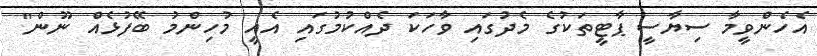
އެހެންވީމާ ސިޔާސީ ޕާޓީތަކުގެ މެދުގައި ވާހަކަ ދެއްކުމުގައި އެއީ މުހިންމު ބޭފުޅެއް ނޫން"